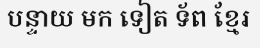
បន្ទាយ មក ទៀត ទ័ព ខ្មែរ